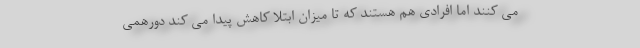
می کنند اما افرادی هم هستند که تا میزان ابتلا کاهش پیدا می کند دورهمی